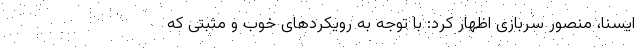
ایسنا، منصور سربازی اظهار کرد: با توجه به رویکردهای خوب و مثبتی که